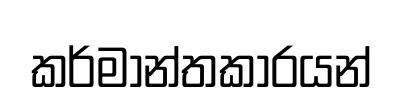
කර්මාන්තකාරයන්